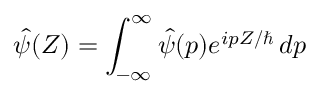
\hat { \psi } ( Z ) = \int _ { - \infty } ^ { \infty } \hat { \psi } ( p ) e ^ { i p Z / \hbar } \, d p